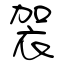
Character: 袈